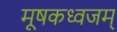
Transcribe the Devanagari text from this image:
मूषकध्वजम्